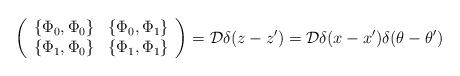
LaTeX: \begin{align*}\left(\begin{array}{cc}\{\Phi_{0},\Phi_{0}\} & \{\Phi_{0},\Phi_{1}\}\\\{\Phi_{1},\Phi_{0}\} & \{\Phi_{1},\Phi_{1}\}\end{array}\right) = {\cal D} \delta (z - z') = {\cal D} \delta(x-x')\delta (\theta - \theta')\end{align*}